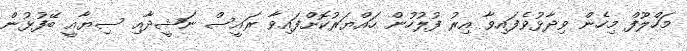
މަހްލޫފް މިހެން ވިދާޅުވެފައިވާ އިރު ފުލުހުން ހައްޔަރުކޮށްފައިވާ ރައީސް ނަޝީދާއި ސިޔާއީ ބޭފުޅުން